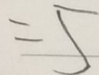
= 5